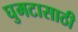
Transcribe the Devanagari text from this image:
घुमटासाठी